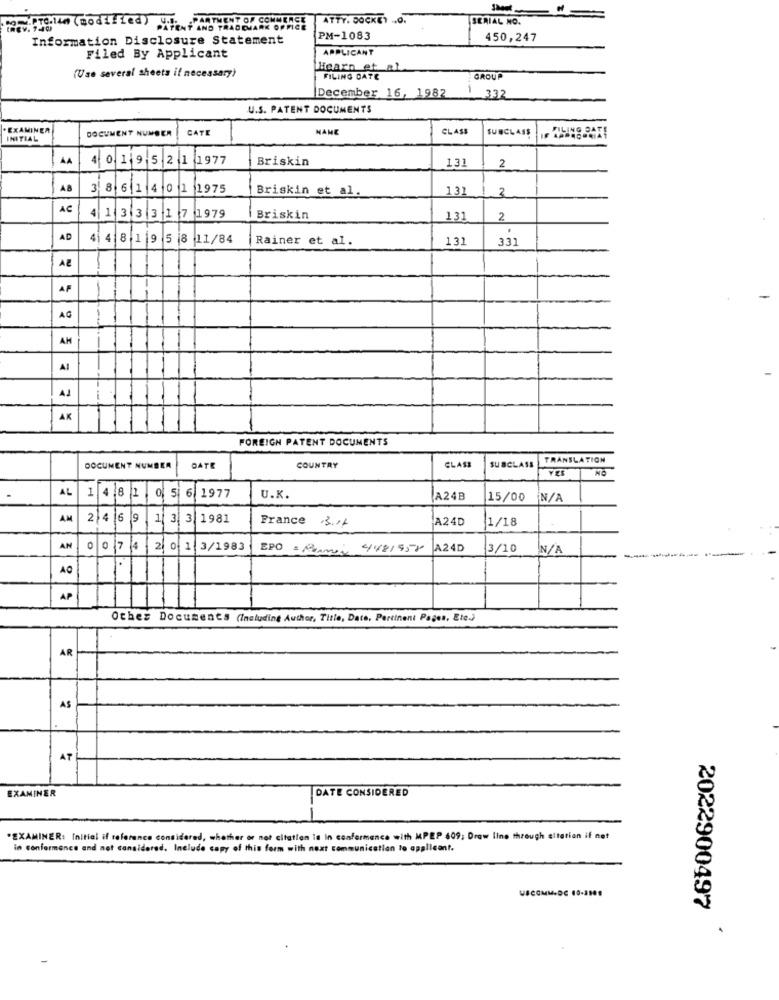
Te.140 (modified) Up. ARTMENT OF COMMERCE
ATTY. 00CKEY .. 0.
SERIAL NO.
Information Disclosure Statement
PM-1083
450,247
APPLICANT
Filed By Applicant
Hearn et al
(Use several sheets if necessary)
FILING DATE
GROUP
December 16, 1982
1 332
U.S. PATENT DOCUMENTS
. EXAMINER
CAT
MAME
CLASS
SUBCLASS
INITIAL
DOCUMENT NUMBER
AA
4 0.1 9 5 2 1 1977
Briskin
131
2
A8
3 8 6 1 401
1975
Briskin et al.
131
2
AC
4 133317
1979
Briskin
131
2
AD
414 8 1 9 5 8 11/84
Rainer et al.
131
331
AZ
AF
AG
AM
AJ
AK
FOREIGN PATENT DOCUMENTS
COUNTRY
TRANSLATION
DOCUMENT NUMBER
DATE
CLASS
SUBCLASS
NO
YES
AL
1 4 8 1 05 6 1977
U.K.
A24B
15/00
AM
2 4 6 9 1 3 3 1981
France 3.14
A24D
1/18
AN
0
0 7 4 2 0 1 3/1983
EPO = Ramen 4481958
A24D
3/10
AP
Other Documents (Including Author, Title, Date, Pertinent Pages, Etc.)
AR
AS
AT
DATE CONSIDERED
EXAMINER
"EXAMINER: Initial if reference considered, whether or not citation is in conformance with MPEP 609; Draw line through eltatien if net
in conformance and not considered. Include copy of this form with next communication to applicant.
USCOMMADE 10-1509
2022900497